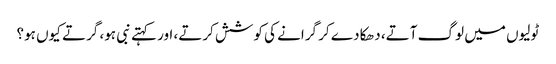
ٹولیوں میں لوگ آتے، دھکا دے کر گرانے کی کوشش کرتے، اور کہتے نبی ہو، گرتے کیوں ہو؟